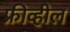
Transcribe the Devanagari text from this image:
फ्रीव्हील